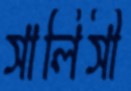
সালিসী